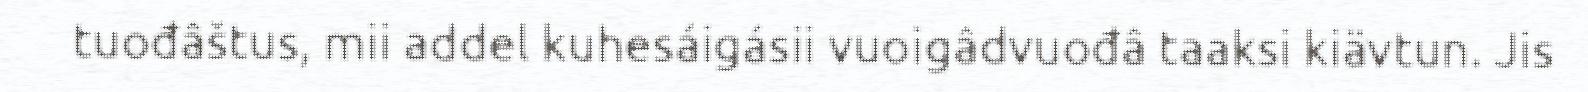
tuođâštus, mii addel kuhesáigásii vuoigâdvuođâ taaksi kiävtun. Jis